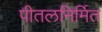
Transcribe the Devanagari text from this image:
पीतलनिर्मित